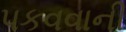
પકવવાની